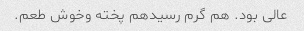
عالی بود. هم گرم رسیدهم پخته وخوش طعم.